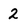
Character: 2